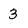
Character: 3